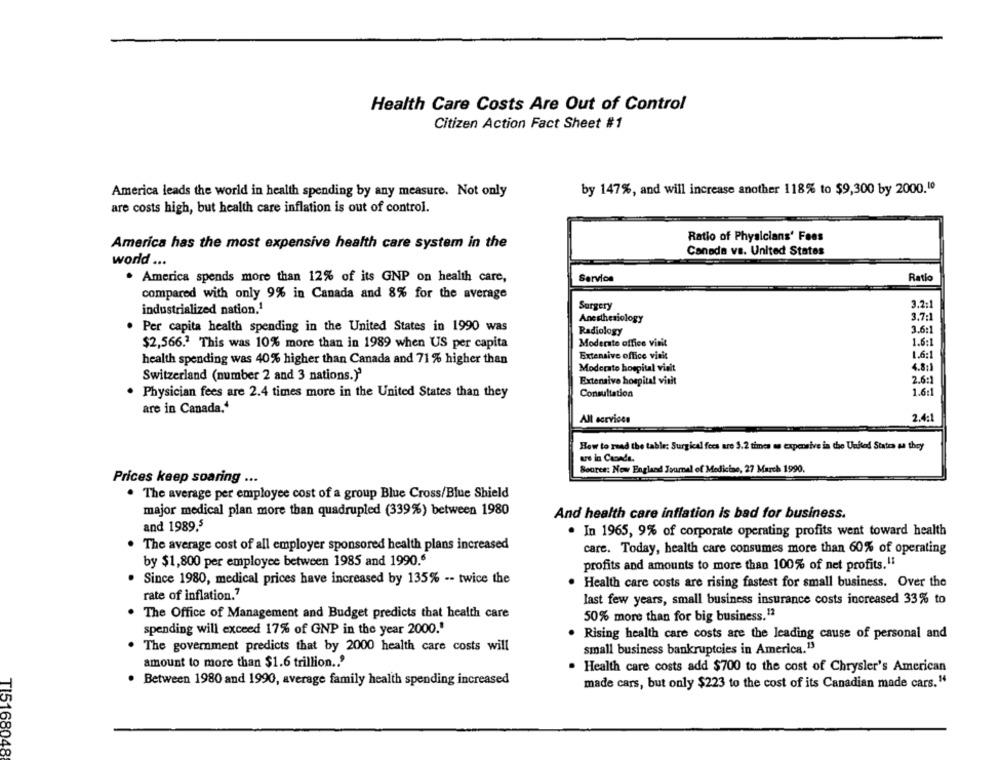
Health Care Costs Are Out of Control
Citizen Action Fact Sheet #1
by 147%, and will increase another 118% to $9,300 by 2000.10
America leads the world in health spending by any measure. Not only
are costs high, but health care inflation is out of control.
Ratio of Physicians' Fees
America has the most expensive health care system in the
Canada vs. United States
world ...
. America spends more than 12% of its GNP on health care,
Service
Ratio
compared with only 9% in Canada and 8% for the average
3.2:1
industrialized nation,1
Surgery
Anesthesiology
3.7:1
Per capita health spending in the United States in 1990 was
Radiology
3.6:1
Moderate office vinit
1.6:1
$2,566 .? This was 10% more than in 1989 when US per capita
Extensive office visit
1.6:1
health spending was 40% higher than Canada and 71 % higher than
4.8:1
Moderate hospital visit
Switzerland (number 2 and 3 nations.)'
Extensive hospital vitit
2.6:1
. Physician fees are 2.4 times more in the United States than they
Consultation
1.61
are in Canada.“
All ecrvicen
2.4:1
How to read the table: Surgical fees are 5.2 times an expensive in the United States aa they
are in Caonde.
Soares: New England Journal of Medicine, 27 March 1990.
Prices keep soaring ...
. The average per employee cost of a group Blue Cross/Blue Shield
major medical plan more than quadrupled (339%) between 1980
And health care inflation is bad for business.
and 1989,5
. In 1965, 9% of corporate operating profits went toward health
The average cost of all employer sponsored health plans increased
care. Today, health care consumes more than 60% of operating
by $1,800 per employee between 1985 and 1990.6
profits and amounts to more than 100% of net profits."
. Since 1980, medical prices have increased by 135% -- twice the
. Health care costs are rising fastest for small business. Over the
rate of inflation."
last few years, small business insurance costs increased 33% to
. The Office of Management and Budget predicts that health care
50% more than for big business.12
spending will exceed 17% of GNP in the year 2000."
. Rising health care costs are the leading cause of personal and
The government predicts that by 2000 health care costs will
small business bankruptcies in America.13
amount to more than $1.6 trillion .. '
. Health care costs add $700 to the cost of Chrysler's American
Between 1980 and 1990, average family health spending increased
made cars, but only $223 to the cost of its Canadian made cars."
TI5168048